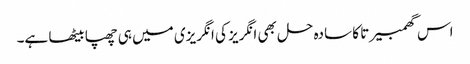
اس گھمبیرتا کا سادہ حل بھی انگریز کی انگریزی میں ہی چھپا بیٹھا ہے۔